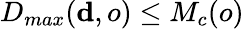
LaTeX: D_{max}(\mathbf{d},o)\leq M_{c}(o)